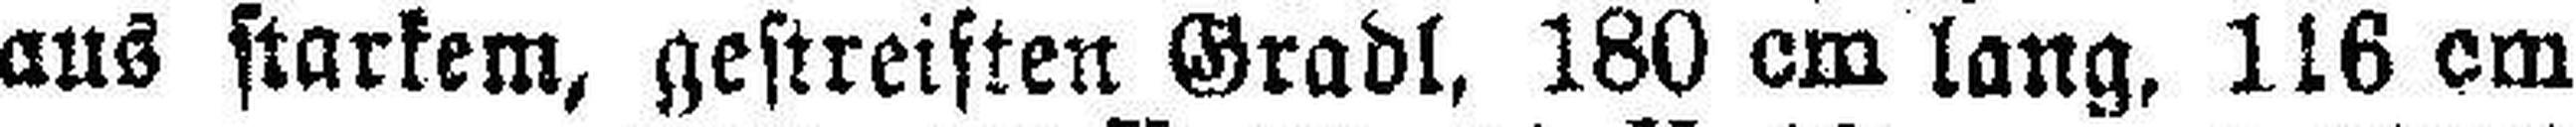
aus starkem, gestreiften Gradl, 180 cm lang, 116 cm